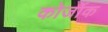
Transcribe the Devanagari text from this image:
कोर्जोक